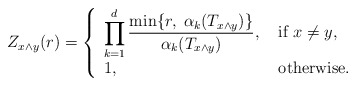
\begin{align*}Z_{x \wedge y}(r)=\left\{\begin{array}{ll}\displaystyle \prod_{k=1}^d \frac{ \min \{r,\; \alpha_k(T_{x\wedge y})\} } {\alpha_k(T_{x\wedge y})}, & \mbox{ if }x\neq y,\\1, & \mbox{ otherwise.}\end{array}\right.\end{align*}